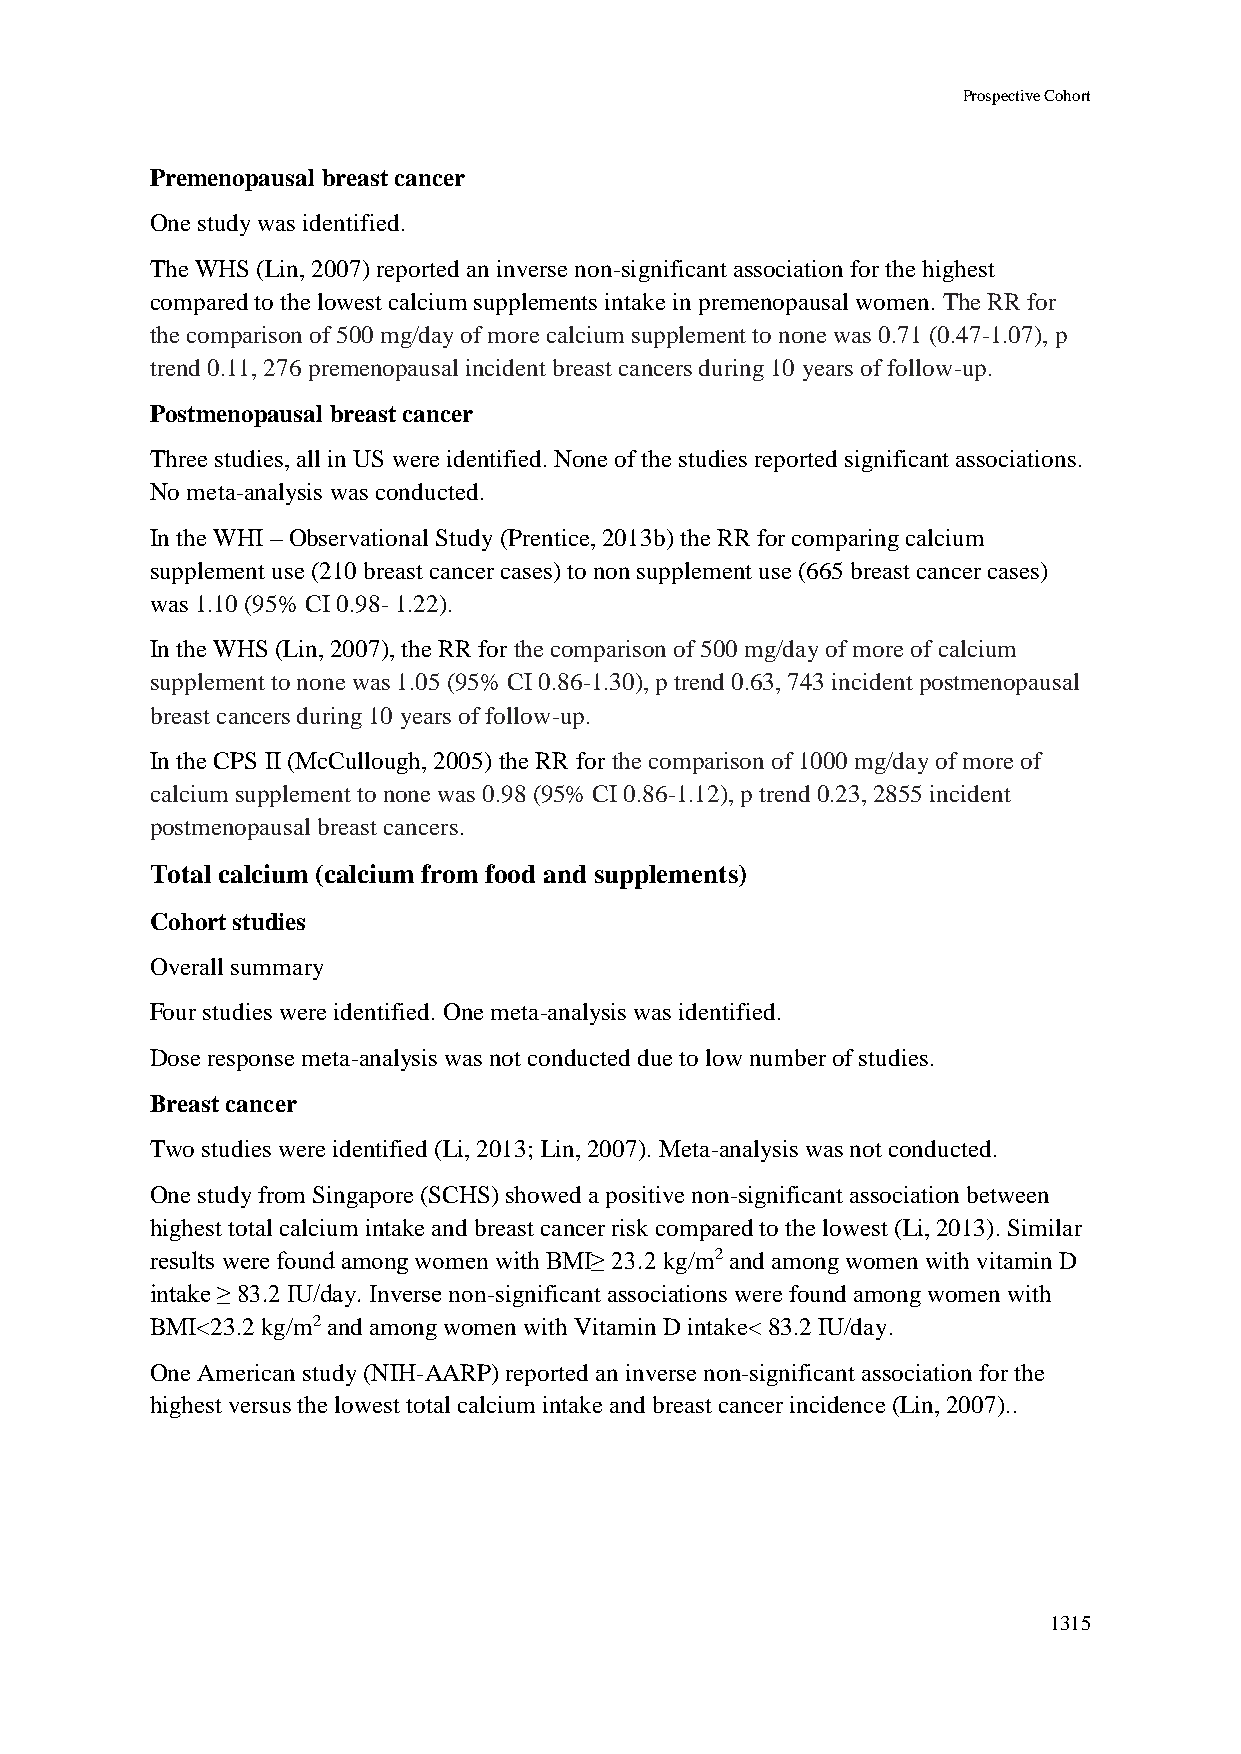
Prospective Cohort
 Premenopausal breast cancer
 One study was identified.
 The WHS (Lin, 2007) reported an inverse non-significant association for the highest
 compared to the lowest calcium supplements intake in premenopausal women. The RR for
 the comparison of 500 mg/day of more calcium supplement to none was 0.71 (0.47-1.07), p
 trend 0.11, 276 premenopausal incident breast cancers during 10 years of follow-up.
 Postmenopausal breast cancer
 Three studies, all in US were identified. None of the studies reported significant associations.
 No meta-analysis was conducted.
 In the WHI – Observational Study (Prentice, 2013b) the RR for comparing calcium
 supplement use (210 breast cancer cases) to non supplement use (665 breast cancer cases)
 was 1.10 (95% CI 0.98- 1.22).
 In the WHS (Lin, 2007), the RR for the comparison of 500 mg/day of more of calcium
 supplement to none was 1.05 (95% CI 0.86-1.30), p trend 0.63, 743 incident postmenopausal
 breast cancers during 10 years of follow-up.
 In the CPS II (McCullough, 2005) the RR for the comparison of 1000 mg/day of more of
 calcium supplement to none was 0.98 (95% CI 0.86-1.12), p trend 0.23, 2855 incident
 postmenopausal breast cancers.
 Total calcium (calcium from food and supplements)
 Cohort studies
 Overall summary
 Four studies were identified. One meta-analysis was identified.
 Dose response meta-analysis was not conducted due to low number of studies.
 Breast cancer
 Two studies were identified (Li, 2013; Lin, 2007). Meta-analysis was not conducted.
 One study from Singapore (SCHS) showed a positive non-significant association between
 highest total calcium intake and breast cancer risk compared to the lowest (Li, 2013). Similar
 results were found among women with BMI≥ 23.2 kg/m2 and among women with vitamin D
 intake ≥ 83.2 IU/day. Inverse non-significant associations were found among women with
 BMI<23.2 kg/m2 and among women with Vitamin D intake< 83.2 IU/day.
 One American study (NIH-AARP) reported an inverse non-significant association for the
 highest versus the lowest total calcium intake and breast cancer incidence (Lin, 2007)..
 1315